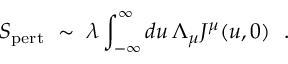
S _ { \mathrm { p e r t } } \ \sim \ \lambda \int _ { - \infty } ^ { \infty } d u \, \Lambda _ { \mu } J ^ { \mu } ( u , 0 ) \ \ .